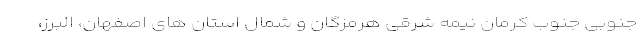
جنوبی جنوب کرمان نیمه شرقی هرمزگان و شمال استان های اصفهان، البرز،